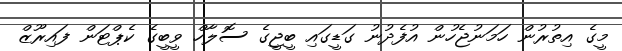
މީގެ އިތުރުން ހަމަނުޖެހުން އުފެދުނު ގަޑީގައި ބީޖީގެ ސޮލާހް ވީބީގެ ކެޕްޓަން ފައިރޫޒް